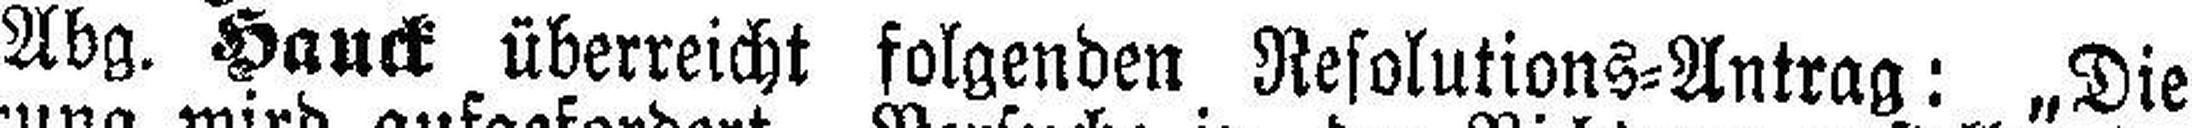
Abg. Hauck überreicht folgenden Resolutions=Antrag: „Die